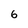
Character: 6